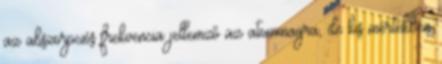
az abszorpciós frekvencia jellemző az atommagra, de kis mértékben